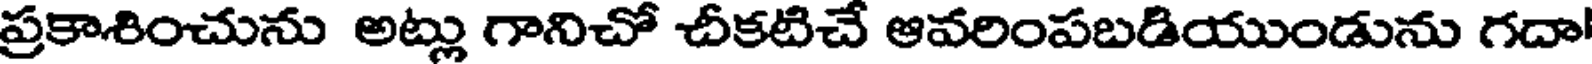
ప్రకాశించును అట్లు గానిచో చీకటిచే ఆవరింపబడియుండును గదా